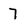
Character: 7